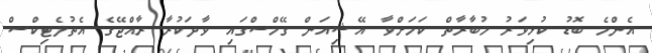
އެންމެ ބޮޑު ކުޅިވަރު މުބާރާތް ކަމަށްވާ އޭޝިއަން ގޭމްސްގައި ވާދަކުރާ ރާއްޖޭގެ އެތުލެޓިކްސް